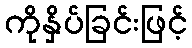
ကိုနှိပ်ခြင်းဖြင့်